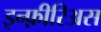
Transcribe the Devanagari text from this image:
इन्फ़ीरिअस